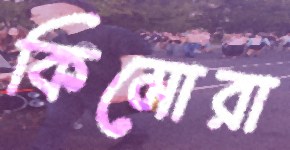
কিমোরা